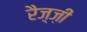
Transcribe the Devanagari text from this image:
रैज़्ज़ी